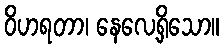
ဝိဟရတာ၊ နေလေ့ရှိသော။